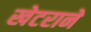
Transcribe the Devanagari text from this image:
खेटराने